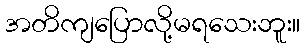
အတိကျပြောလို့မရသေးဘူး။